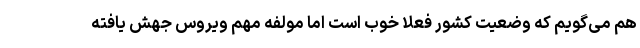
هم می‌گویم که وضعیت کشور فعلاً خوب است اما مولفه مهم ویروس جهش یافته